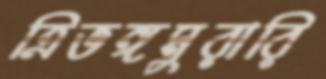
ত্রিভঙ্গমুরারি